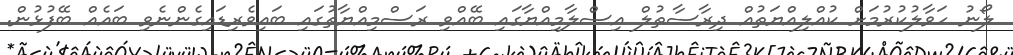
ލޯނު ހަވާލުކުރުމަށް ކުއްލިއްޔަތުއް ދިރާސާތުލް އިސްލާމިއްޔާގައި ބޭއްވި ރަސްމިއްޔާތުގައި ބައިވެރިޑައިގެންނެވި ބައެއް ބޭފުޅުން.